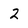
Character: 2